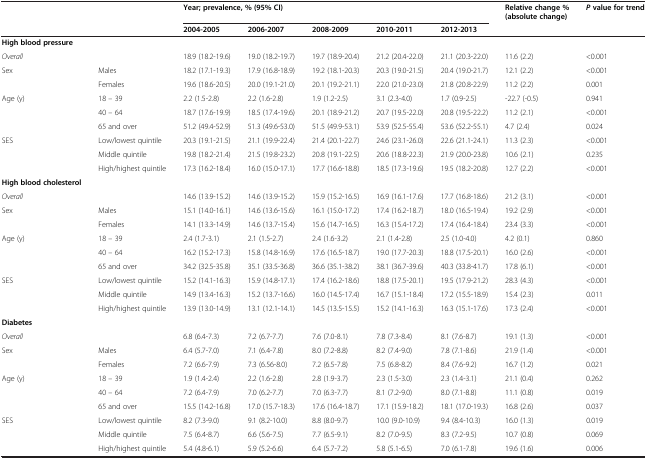
<table><thead><tr><td></td><td></td><td colspan="5"><b>Year; prevalence, % (95% CI)</b></td><td><b>Relative change % (absolute change)</b></td><td><b><i>P</i>value for trend</b></td></tr><tr><td></td><td></td><td><b>2004-2005</b></td><td><b>2006-2007</b></td><td><b>2008-2009</b></td><td><b>2010-2011</b></td><td><b>2012-2013</b></td><td></td><td></td></tr></thead><tbody><tr><td><b>High blood pressure</b></td><td></td><td></td><td></td><td></td><td></td><td></td><td></td><td></td></tr><tr><td><i>Overall</i></td><td></td><td>18.9 (18.2-19.6)</td><td>19.0 (18.2-19.7)</td><td>19.7 (18.9-20.4)</td><td>21.2 (20.4-22.0)</td><td>21.1 (20.3-22.0)</td><td>11.6 (2.2)</td><td>&lt;0.001</td></tr><tr><td rowspan="2">Sex</td><td>Males</td><td>18.2 (17.1-19.3)</td><td>17.9 (16.8-18.9)</td><td>19.2 (18.1-20.3)</td><td>20.3 (19.0-21.5)</td><td>20.4 (19.0-21.7)</td><td>12.1 (2.2)</td><td>&lt;0.001</td></tr><tr><td>Females</td><td>19.6 (18.6-20.5)</td><td>20.0 (19.1-21.0)</td><td>20.1 (19.2-21.1)</td><td>22.0 (21.0-23.0)</td><td>21.8 (20.8-22.9)</td><td>11.2 (2.2)</td><td>0.001</td></tr><tr><td rowspan="3">Age (y)</td><td>18 – 39</td><td>2.2 (1.5-2.8)</td><td>2.2 (1.6-2.8)</td><td>1.9 (1.2-2.5)</td><td>3.1 (2.3-4.0)</td><td>1.7 (0.9-2.5)</td><td>-22.7 (-0.5)</td><td>0.941</td></tr><tr><td>40 – 64</td><td>18.7 (17.6-19.9)</td><td>18.5 (17.4-19.6)</td><td>20.1 (18.9-21.2)</td><td>20.7 (19.5-22.0)</td><td>20.8 (19.5-22.2)</td><td>11.2 (2.1)</td><td>&lt;0.001</td></tr><tr><td>65 and over</td><td>51.2 (49.4-52.9)</td><td>51.3 (49.6-53.0)</td><td>51.5 (49.9-53.1)</td><td>53.9 (52.5-55.4)</td><td>53.6 (52.2-55.1)</td><td>4.7 (2.4)</td><td>0.024</td></tr><tr><td rowspan="3">SES</td><td>Low/lowest quintile</td><td>20.3 (19.1-21.5)</td><td>21.1 (19.9-22.4)</td><td>21.4 (20.1-22.7)</td><td>24.6 (23.1-26.0)</td><td>22.6 (21.1-24.1)</td><td>11.3 (2.3)</td><td>&lt;0.001</td></tr><tr><td>Middle quintile</td><td>19.8 (18.2-21.4)</td><td>21.5 (19.8-23.2)</td><td>20.8 (19.1-22.5)</td><td>20.6 (18.8-22.3)</td><td>21.9 (20.0-23.8)</td><td>10.6 (2.1)</td><td>0.235</td></tr><tr><td>High/highest quintile</td><td>17.3 (16.2-18.4)</td><td>16.0 (15.0-17.1)</td><td>17.7 (16.6-18.8)</td><td>18.5 (17.3-19.6)</td><td>19.5 (18.2-20.8)</td><td>12.7 (2.2)</td><td>&lt;0.001</td></tr><tr><td><b>High blood cholesterol</b></td><td></td><td></td><td></td><td></td><td></td><td></td><td></td><td></td></tr><tr><td><i>Overall</i></td><td></td><td>14.6 (13.9-15.2)</td><td>14.6 (13.9-15.2)</td><td>15.9 (15.2-16.5)</td><td>16.9 (16.1-17.6)</td><td>17.7 (16.8-18.6)</td><td>21.2 (3.1)</td><td>&lt;0.001</td></tr><tr><td rowspan="2">Sex</td><td>Males</td><td>15.1 (14.0-16.1)</td><td>14.6 (13.6-15.6)</td><td>16.1 (15.0-17.2)</td><td>17.4 (16.2-18.7)</td><td>18.0 (16.5-19.4)</td><td>19.2 (2.9)</td><td>&lt;0.001</td></tr><tr><td>Females</td><td>14.1 (13.3-14.9)</td><td>14.6 (13.7-15.4)</td><td>15.6 (14.7-16.5)</td><td>16.3 (15.4-17.2)</td><td>17.4 (16.4-18.4)</td><td>23.4 (3.3)</td><td>&lt;0.001</td></tr><tr><td rowspan="3">Age (y)</td><td>18 – 39</td><td>2.4 (1.7-3.1)</td><td>2.1 (1.5-2.7)</td><td>2.4 (1.6-3.2)</td><td>2.1 (1.4-2.8)</td><td>2.5 (1.0-4.0)</td><td>4.2 (0.1)</td><td>0.860</td></tr><tr><td>40 – 64</td><td>16.2 (15.2-17.3)</td><td>15.8 (14.8-16.9)</td><td>17.6 (16.5-18.7)</td><td>19.0 (17.7-20.3)</td><td>18.8 (17.5-20.1)</td><td>16.0 (2.6)</td><td>&lt;0.001</td></tr><tr><td>65 and over</td><td>34.2 (32.5-35.8)</td><td>35.1 (33.5-36.8)</td><td>36.6 (35.1-38.2)</td><td>38.1 (36.7-39.6)</td><td>40.3 (33.8-41.7)</td><td>17.8 (6.1)</td><td>&lt;0.001</td></tr><tr><td rowspan="3">SES</td><td>Low/lowest quintile</td><td>15.2 (14.1-16.3)</td><td>15.9 (14.8-17.1)</td><td>17.4 (16.2-18.6)</td><td>18.8 (17.5-20.1)</td><td>19.5 (17.9-21.2)</td><td>28.3 (4.3)</td><td>&lt;0.001</td></tr><tr><td>Middle quintile</td><td>14.9 (13.4-16.3)</td><td>15.2 (13.7-16.6)</td><td>16.0 (14.5-17.4)</td><td>16.7 (15.1-18.4)</td><td>17.2 (15.5-18.9)</td><td>15.4 (2.3)</td><td>0.011</td></tr><tr><td>High/highest quintile</td><td>13.9 (13.0-14.9)</td><td>13.1 (12.1-14.1)</td><td>14.5 (13.5-15.5)</td><td>15.2 (14.1-16.3)</td><td>16.3 (15.1-17.6)</td><td>17.3 (2.4)</td><td>&lt;0.001</td></tr><tr><td><b>Diabetes</b></td><td></td><td></td><td></td><td></td><td></td><td></td><td></td><td></td></tr><tr><td><i>Overall</i></td><td></td><td>6.8 (6.4-7.3)</td><td>7.2 (6.7-7.7)</td><td>7.6 (7.0-8.1)</td><td>7.8 (7.3-8.4)</td><td>8.1 (7.6-8.7)</td><td>19.1 (1.3)</td><td>&lt;0.001</td></tr><tr><td rowspan="2">Sex</td><td>Males</td><td>6.4 (5.7-7.0)</td><td>7.1 (6.4-7.8)</td><td>8.0 (7.2-8.8)</td><td>8.2 (7.4-9.0)</td><td>7.8 (7.1-8.6)</td><td>21.9 (1.4)</td><td>&lt;0.001</td></tr><tr><td>Females</td><td>7.2 (6.6-7.9)</td><td>7.3 (6.56-8.0)</td><td>7.2 (6.5-7.8)</td><td>7.5 (6.8-8.2)</td><td>8.4 (7.6-9.2)</td><td>16.7 (1.2)</td><td>0.021</td></tr><tr><td rowspan="3">Age (y)</td><td>18 – 39</td><td>1.9 (1.4-2.4)</td><td>2.2 (1.6-2.8)</td><td>2.8 (1.9-3.7)</td><td>2.3 (1.5-3.0)</td><td>2.3 (1.4-3.1)</td><td>21.1 (0.4)</td><td>0.262</td></tr><tr><td>40 – 64</td><td>7.2 (6.4-7.9)</td><td>7.0 (6.2-7.7)</td><td>7.0 (6.3-7.7)</td><td>8.1 (7.2-9.0)</td><td>8.0 (7.1-8.8)</td><td>11.1 (0.8)</td><td>0.019</td></tr><tr><td>65 and over</td><td>15.5 (14.2-16.8)</td><td>17.0 (15.7-18.3)</td><td>17.6 (16.4-18.7)</td><td>17.1 (15.9-18.2)</td><td>18.1 (17.0-19.3)</td><td>16.8 (2.6)</td><td>0.037</td></tr><tr><td rowspan="3">SES</td><td>Low/lowest quintile</td><td>8.2 (7.3-9.0)</td><td>9.1 (8.2-10.0)</td><td>8.8 (8.0-9.7)</td><td>10.0 (9.0-10.9)</td><td>9.4 (8.4-10.3)</td><td>16.0 (1.3)</td><td>0.019</td></tr><tr><td>Middle quintile</td><td>7.5 (6.4-8.7)</td><td>6.6 (5.6-7.5)</td><td>7.7 (6.5-9.1)</td><td>8.2 (7.0-9.5)</td><td>8.3 (7.2-9.5)</td><td>10.7 (0.8)</td><td>0.069</td></tr><tr><td>High/highest quintile</td><td>5.4 (4.8-6.1)</td><td>5.9 (5.2-6.6)</td><td>6.4 (5.7-7.2)</td><td>5.8 (5.1-6.5)</td><td>7.0 (6.1-7.8)</td><td>19.6 (1.6)</td><td>0.006</td></tr></tbody></table>